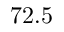
7 2 . 5